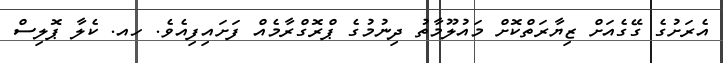
އެރަށުގެ ގޭގެއަށް ޒިޔާރަތްކޮށް މައުލޫމާތު ދިނުމުގެ ޕްރޮގްރާމެއް ފަށައިފިއެވެ. ހއ. ކެލާ ޕޮލިސް